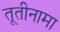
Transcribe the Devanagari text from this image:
तूतीनामा